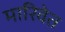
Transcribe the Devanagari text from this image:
मारिवेत